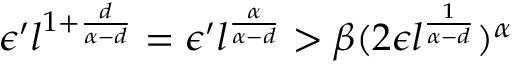
\epsilon ^ { \prime } l ^ { 1 + \frac { d } { \alpha - d } } = \epsilon ^ { \prime } l ^ { \frac { \alpha } { \alpha - d } } > \beta ( 2 \epsilon l ^ { \frac { 1 } { \alpha - d } } ) ^ { \alpha }